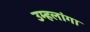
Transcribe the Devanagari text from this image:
उम्हलांगा